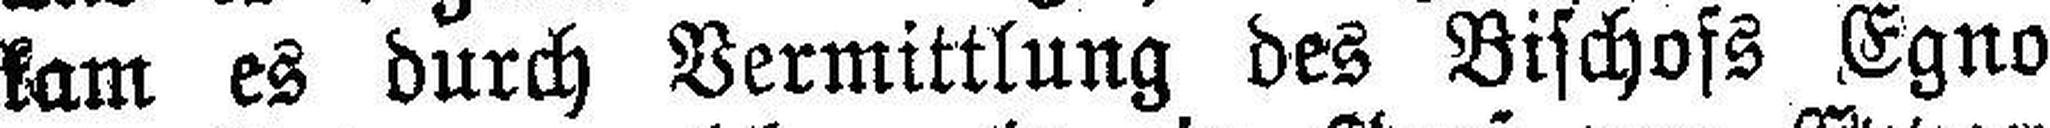
kam es durch Vermittlung des Bischofs Egno